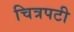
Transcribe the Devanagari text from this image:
चित्रपटी